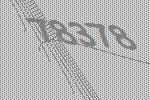
78378